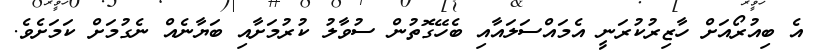
އެ ބިއުރޯއަށް ހާޒިރުކުރަނީ އެމައްސަލައާއި ބެހޭގޮތުން ސުވާލު ކުރުމަށާއި ބަޔާނެއް ނެގުމަށް ކަމަށެވެ.